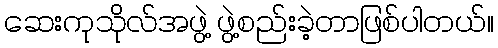
ဆေးကုသိုလ်အဖွဲ့ ဖွဲ့စည်းခဲ့တာဖြစ်ပါတယ်။